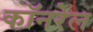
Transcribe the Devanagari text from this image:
कॉनरेल